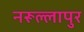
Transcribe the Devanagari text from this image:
नरूल्लापुर